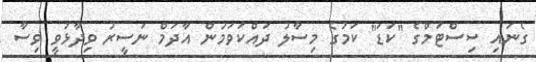
ގެނައި ސިސްޓަމްގެ "ކަޑަ" ކަމުގެ މިސާލު ދައްކަވަމުން އާދަމް ނަސީރު ވިދާޅުވީ ވިސާ